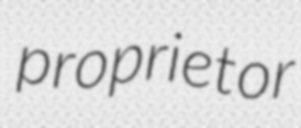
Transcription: proprietor